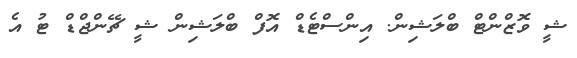
ޝީ ވޮޒްންޓް ބްލަޝިން. އިންސްޓެޑް އޮފް ބްލަޝިން ޝީ ޗޭންޖްޑް ޓު އެ